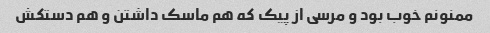
ممنونم خوب بود و مرسی از پیک که هم ماسک داشتن و هم دستکش